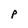
Character: P